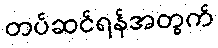
တပ်ဆင်ရန်အတွက်